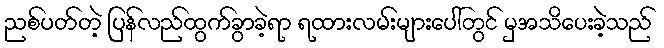
ညစ်ပတ်တဲ့ ပြန်လည်ထွက်ခွာခဲ့ရာ ရထားလမ်းများပေါ်တွင် မှအသိပေးခဲ့သည်